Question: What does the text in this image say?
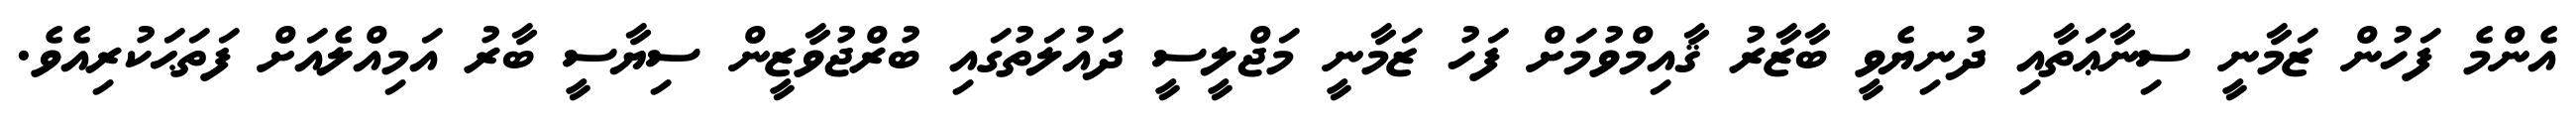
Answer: އެންމެ ފަހުން ޒަމާނީ ސިނާޢަތާއި ދުނިޔެވީ ބާޒާރު ޤާއިމްވުމަށް ފަހު ޒަމާނީ މަޖްލީސީ ދައުލަތުގައި ބުރްޖުވާޒީން ސިޔާސީ ބާރު އަމިއްލެއަށް ފަތަޙަކުރިއެވެ.